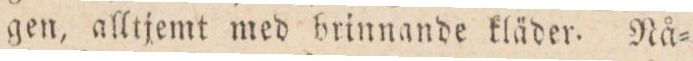
gen, alltjemt med brinnande kläder. Nå=